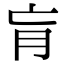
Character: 肓